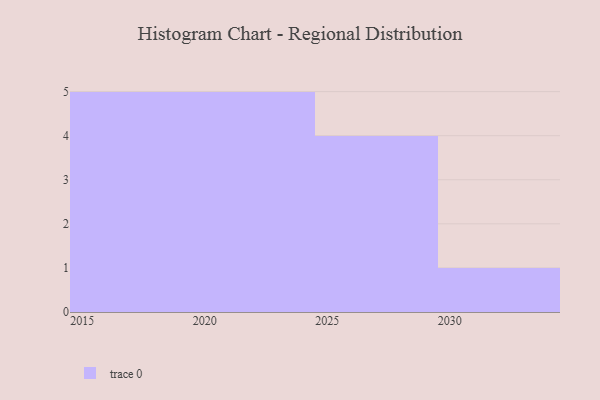
{"axis": {"x": "Year", "y": "Tickets Resolved"}, "legend": [""], "data": [{"x": "2027", "y": 90, "type": ""}, {"x": "2019", "y": 66, "type": ""}, {"x": "2015", "y": 80, "type": ""}, {"x": "2028", "y": 60, "type": ""}, {"x": "2029", "y": 83, "type": ""}, {"x": "2024", "y": 86, "type": ""}, {"x": "2030", "y": 46, "type": ""}, {"x": "2016", "y": 59, "type": ""}, {"x": "2023", "y": 45, "type": ""}, {"x": "2025", "y": 77, "type": ""}, {"x": "2022", "y": 74, "type": ""}, {"x": "2020", "y": 29, "type": ""}, {"x": "2021", "y": 74, "type": ""}, {"x": "2018", "y": 62, "type": ""}, {"x": "2017", "y": 18, "type": ""}]}